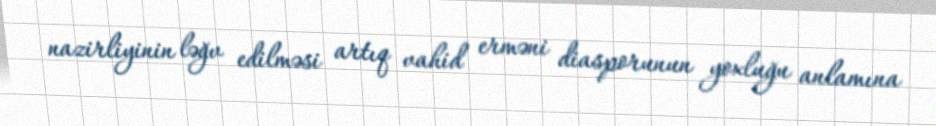
nazirliyinin ləğv edilməsi artıq vahid erməni diasporunun yoxluğu anlamına